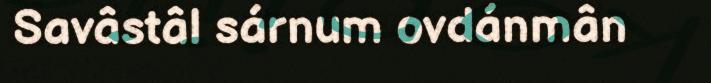
Savâstâl sárnum ovdánmân